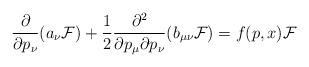
\begin{align*}\frac{\partial}{\partial p_\nu} (a_\nu{\cal F})+\frac{1}{2}\frac{\partial^2}{\partial p_\mu\partial p_\nu}(b_{\mu\nu}{\cal F})=f(p,x){\cal F}\end{align*}